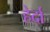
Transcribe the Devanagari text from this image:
हेर्दा